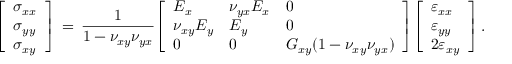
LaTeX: { \left[ \begin{array} { l } { \sigma _ { x x } } \\ { \sigma _ { y y } } \\ { \sigma _ { x y } } \end{array} \right] } \, = \, { \frac { 1 } { 1 - \nu _ { x y } \nu _ { y x } } } { \left[ \begin{array} { l l l } { E _ { x } } & { \nu _ { y x } E _ { x } } & { 0 } \\ { \nu _ { x y } E _ { y } } & { E _ { y } } & { 0 } \\ { 0 } & { 0 } & { G _ { x y } ( 1 - \nu _ { x y } \nu _ { y x } ) } \end{array} \right] } { \left[ \begin{array} { l } { \varepsilon _ { x x } } \\ { \varepsilon _ { y y } } \\ { 2 \varepsilon _ { x y } } \end{array} \right] } \, .